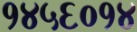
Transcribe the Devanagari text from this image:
१४५६०१४